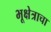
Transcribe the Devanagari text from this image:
भूक्षेत्राचा